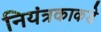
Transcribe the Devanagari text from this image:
नियंत्रकाकडे